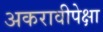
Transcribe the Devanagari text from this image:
अकरावीपेक्षा